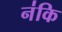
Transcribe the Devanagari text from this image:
न॑कि